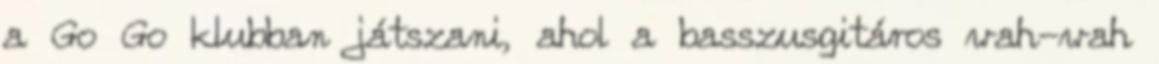
a Go Go klubban játszani, ahol a basszusgitáros wah-wah